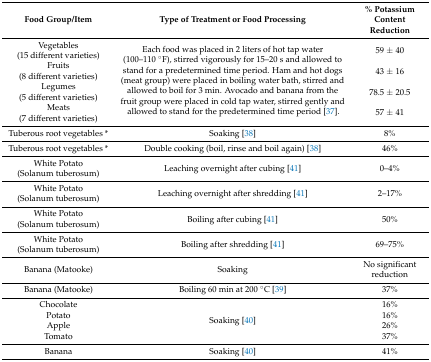
<table><thead><tr><td><b>Food Group/Item</b></td><td><b>Type of Treatment or Food Processing</b></td><td><b>% Potassium Content Reduction</b></td></tr></thead><tbody><tr><td>Vegetables (15 different varieties)</td><td rowspan="4">Each food was placed in 2 liters of hot tap water (100–110 °F), stirred vigorously for 15–20 s and allowed to stand for a predetermined time period. Ham and hot dogs (meat group) were placed in boiling water bath, stirred and allowed to boil for 3 min. Avocado and banana from the fruit group were placed in cold tap water, stirred gently and allowed to stand for the predetermined time period [37]. </td><td>59 ± 40</td></tr><tr><td>Fruits(8 different varieties)</td><td>43 ± 16</td></tr><tr><td>Legumes(5 different varieties)</td><td>78.5 ± 20.5</td></tr><tr><td>Meats(7 different varieties)</td><td>57 ± 41</td></tr><tr><td>Tuberous root vegetables *</td><td>Soaking [38]</td><td>8%</td></tr><tr><td>Tuberous root vegetables *</td><td>Double cooking (boil, rinse and boil again) [38]</td><td>46%</td></tr><tr><td>White Potato(Solanum tuberosum)</td><td>Leaching overnight after cubing [41]</td><td>0–4%</td></tr><tr><td>White Potato(Solanum tuberosum)</td><td>Leaching overnight after shredding [41]</td><td>2–17%</td></tr><tr><td>White Potato(Solanum tuberosum)</td><td>Boiling after cubing [41]</td><td>50%</td></tr><tr><td>White Potato(Solanum tuberosum)</td><td>Boiling after shredding [41]</td><td>69–75%</td></tr><tr><td>Banana (Matooke)</td><td>Soaking</td><td>No significant reduction</td></tr><tr><td>Banana (Matooke)</td><td>Boiling 60 min at 200 °C [39]</td><td>37%</td></tr><tr><td>Chocolate</td><td rowspan="4">Soaking [40]</td><td>16%</td></tr><tr><td>Potato</td><td>16%</td></tr><tr><td>Apple</td><td>26%</td></tr><tr><td>Tomato</td><td>37%</td></tr><tr><td>Banana</td><td>Soaking [40]</td><td>41%</td></tr></tbody></table>